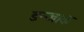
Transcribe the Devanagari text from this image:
डन्जाक